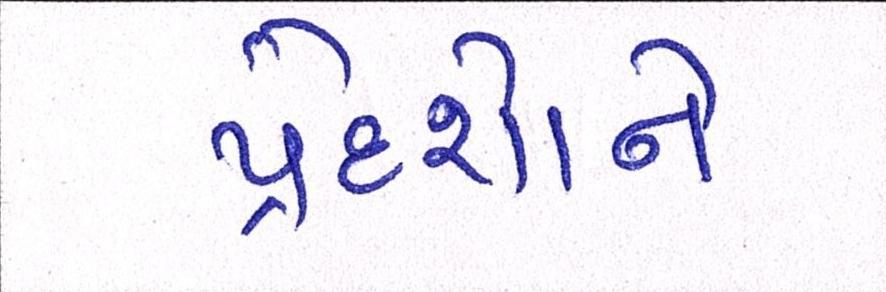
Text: પ્રદેશોને